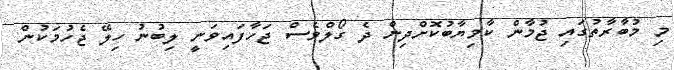
މި މުބާރާތުގައި ޖުމާން ކާމިޔާބުކޮށްދިން ދެ ގޯލްވެސް ޖަހާފައިވަނީ ލިބުނު ހިލޭ ޖެހުމަކުން